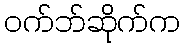
ဝက်ဘ်ဆိုက်က